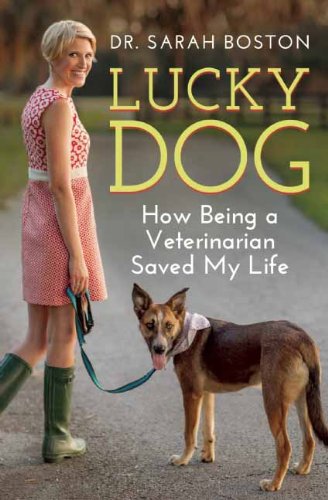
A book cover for Lucky Dog: How Being a Veterinarian Saved My Life; Sarah Boston; Medical Books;